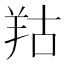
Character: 𦍩